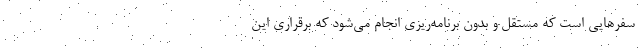
سفرهایی است که مستقل و بدون برنامه‌ریزی انجام می‌شود که برقراری این